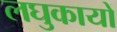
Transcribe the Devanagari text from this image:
लघुकायों